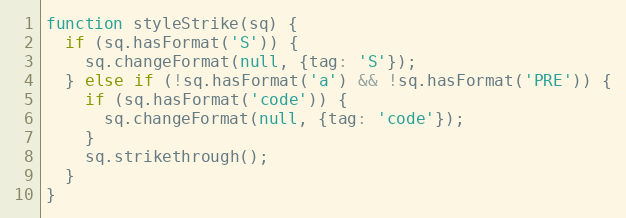
Language: JavaScript
function styleStrike(sq) {
  if (sq.hasFormat('S')) {
    sq.changeFormat(null, {tag: 'S'});
  } else if (!sq.hasFormat('a') && !sq.hasFormat('PRE')) {
    if (sq.hasFormat('code')) {
      sq.changeFormat(null, {tag: 'code'});
    }
    sq.strikethrough();
  }
}